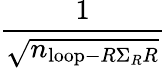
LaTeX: \frac{1}{\sqrt{n_{\mathrm{loop}-R\Sigma_{R}R}}}